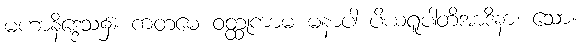
မဟာနိဒ္ဒေသ၌။ ကတမေ ဝတ္ထုကာမ မနာပါ ပိယရူပါတိအာဒိနာ၊ သော။